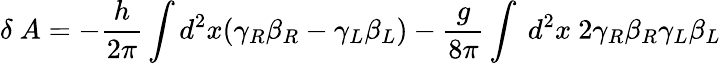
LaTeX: \delta~A=-{\frac{h}{2\pi}}\int d^{2}x(\gamma_{R}\beta_{R}-\gamma_{L}\beta_{L})-{\frac{g}{8\pi}}\int~d^{2}x~2\gamma_{R}\beta_{R}\gamma_{L}\beta_{L}